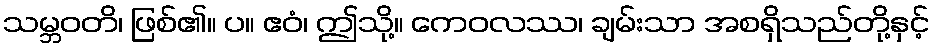
သမ္ဘဝတိ၊ ဖြစ်၏။ ပ။ ဧဝံ၊ ဤသို့။ ကေဝလဿ၊ ချမ်းသာ အစရှိသည်တို့နှင့်